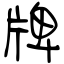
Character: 牌